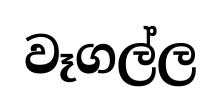
වෑගල්ල